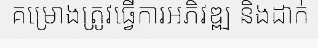
គម្រោងត្រូវធ្វើការអភិវឌ្ឍ និងដាក់